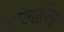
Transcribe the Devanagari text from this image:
सममात्रिक